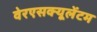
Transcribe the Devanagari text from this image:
वेरएसक्यूलेंटम